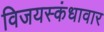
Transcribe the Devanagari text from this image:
विजयस्कंधावार